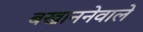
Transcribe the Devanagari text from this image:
बखाननेवाले